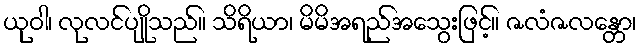
ယုဝါ၊ လုလင်ပျိုသည်။ သိရိယာ၊ မိမိအရည်အသွေးဖြင့်။ ဇလံဇလန္တော၊